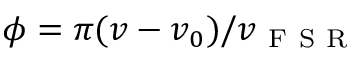
\phi = \pi ( v - v _ { 0 } ) / v _ { \mathrm { ~ F ~ S ~ R ~ } }